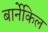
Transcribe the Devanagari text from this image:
बार्नेकिल